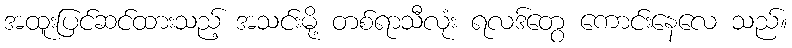
အထူးပြင်ဆင်ထားသည့် အသင်းမို့ တစ်ရာသီလုံး ရလဒ်တွေ ကောင်းနေလေ သည်။